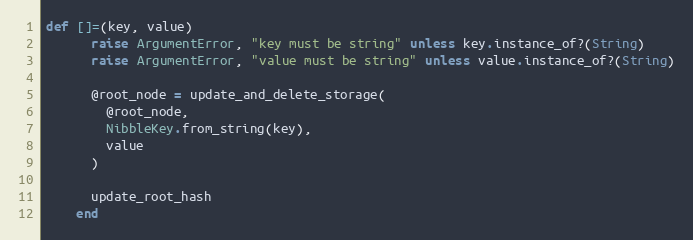
Language: Ruby
def []=(key, value)
      raise ArgumentError, "key must be string" unless key.instance_of?(String)
      raise ArgumentError, "value must be string" unless value.instance_of?(String)

      @root_node = update_and_delete_storage(
        @root_node,
        NibbleKey.from_string(key),
        value
      )

      update_root_hash
    end